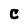
Character: C